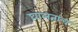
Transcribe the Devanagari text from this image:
घालताच